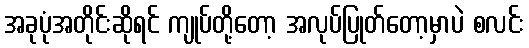
အခုပုံအတိုင်းဆိုရင် ကျုပ်တို့တော့ အလုပ်ပြုတ်တော့မှာပဲ စလင်း